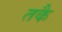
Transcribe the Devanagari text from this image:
तकै